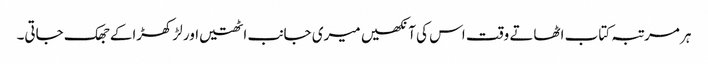
ہر مرتبہ کتاب اٹھاتے وقت اس کی آنکھیں میری جانب اٹھتیں اور لڑکھڑاکے جھک جاتی۔